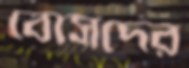
বোসদের